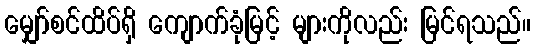
မျှော်စင်ထိပ်ရှိ ကျောက်ခုံမြင့် များကိုလည်း မြင်ရသည်။